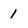
Character: 1